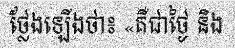
ថ្លែងឡើងថា៖ «គឺជាថ្ងៃ និង